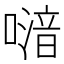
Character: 𠽪